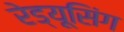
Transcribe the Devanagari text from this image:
रेड्यूसिंग